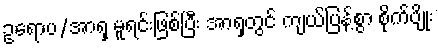
ဥရောပ/အာရှ မူရင်းဖြစ်ပြီး အာရှတွင် ကျယ်ပြန့်စွာ စိုက်ပျိုး